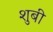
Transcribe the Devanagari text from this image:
शुबी